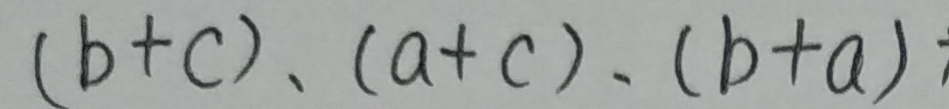
( b + c ) 、 ( a + c ) 、 ( b + a )